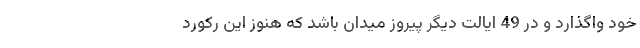
خود واگذارد و در 49 ایالت دیگر پیروز میدان باشد که هنوز این رکورد